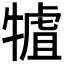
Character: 𤛏